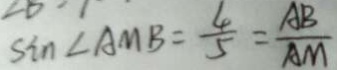
\sin \angle A M B = \frac { 4 } { 5 } = \frac { A B } { A M }